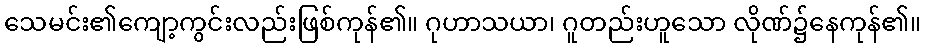
သေမင်း၏ကျော့ကွင်းလည်းဖြစ်ကုန်၏။ ဂုဟာသယာ၊ ဂူတည်းဟူသော လိုဏ်၌နေကုန်၏။